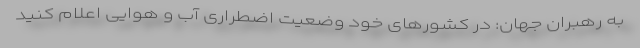
به رهبران جهان: در کشورهای خود وضعیت اضطراری آب و هوایی اعلام کنید